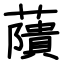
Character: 藬